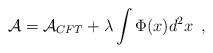
LaTeX: \begin{align*}{\cal A} = {\cal A}_{CFT} + \lambda \int \Phi(x) d^2x \,\,\, ,\end{align*}